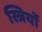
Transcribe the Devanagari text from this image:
स्त्रियों